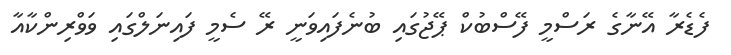
ފެޑެރާ އޭނާގެ ރަސްމީ ފޭސްބުކް ޕޭޖުގައި ބުނެފައިވަނީ ރޭ ސެމީ ފައިނަލްގައި ވަވްރިންކާއާ